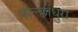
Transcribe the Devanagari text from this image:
बोल्छाधुरा